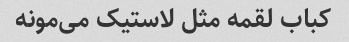
کباب لقمه مثل لاستیک می‌مونه